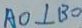
A O \bot B O